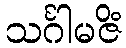
သင်္ဂါမဇိံ